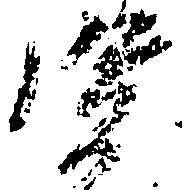
賢